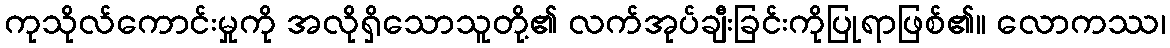
ကုသိုလ်ကောင်းမှုကို အလိုရှိသောသူတို့၏ လက်အုပ်ချီးခြင်းကိုပြုရာဖြစ်၏။ လောကဿ၊